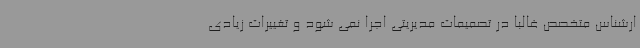
ارشناس متخصص غالباً در تصمیمات مدیریتی اجرا نمی شود و تغییرات زیادی